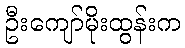
ဦးကျော်မိုးထွန်းက